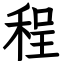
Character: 程